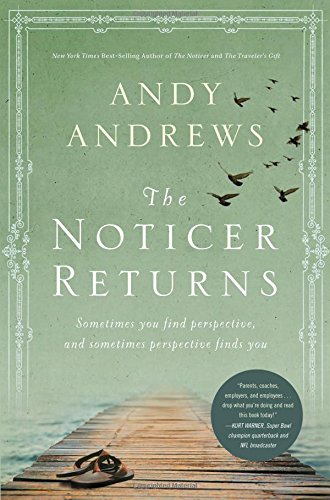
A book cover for The Noticer Returns: Sometimes You Find Perspective, and Sometimes Perspective Finds You; Andy Andrews; Politics & Social Sciences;